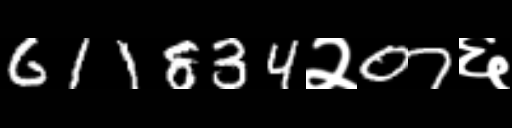
Text: 611834२07६